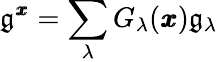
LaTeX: \mathfrak{g}^{\pmb{x}}=\sum_{\lambda}G_{\lambda}(\pmb{x})\mathfrak{g}_{\lambda}